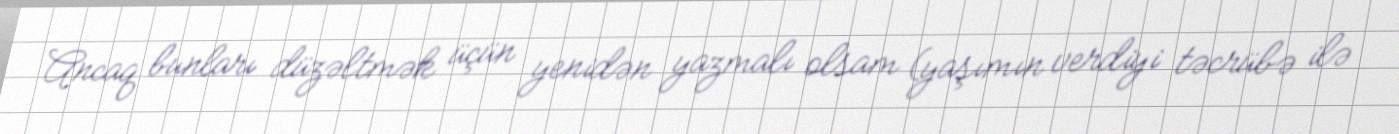
Ancaq bunları düzəltmək üçün yenidən yazmalı olsam (yaşımın verdiyi təcrübə ilə